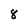
Character: 8